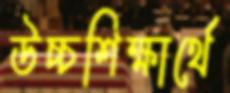
উচ্চশিক্ষার্থে